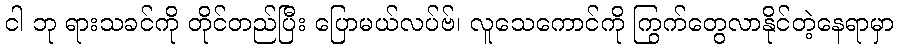
ငါ ဘု ရားသခင်ကို တိုင်တည်ပြီး ပြောမယ်လပ်ဗ်၊ လူသေကောင်ကို ကြွက်တွေလာနိုင်တဲ့နေရာမှာ